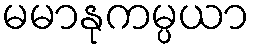
မမာနုကမ္ပယာ